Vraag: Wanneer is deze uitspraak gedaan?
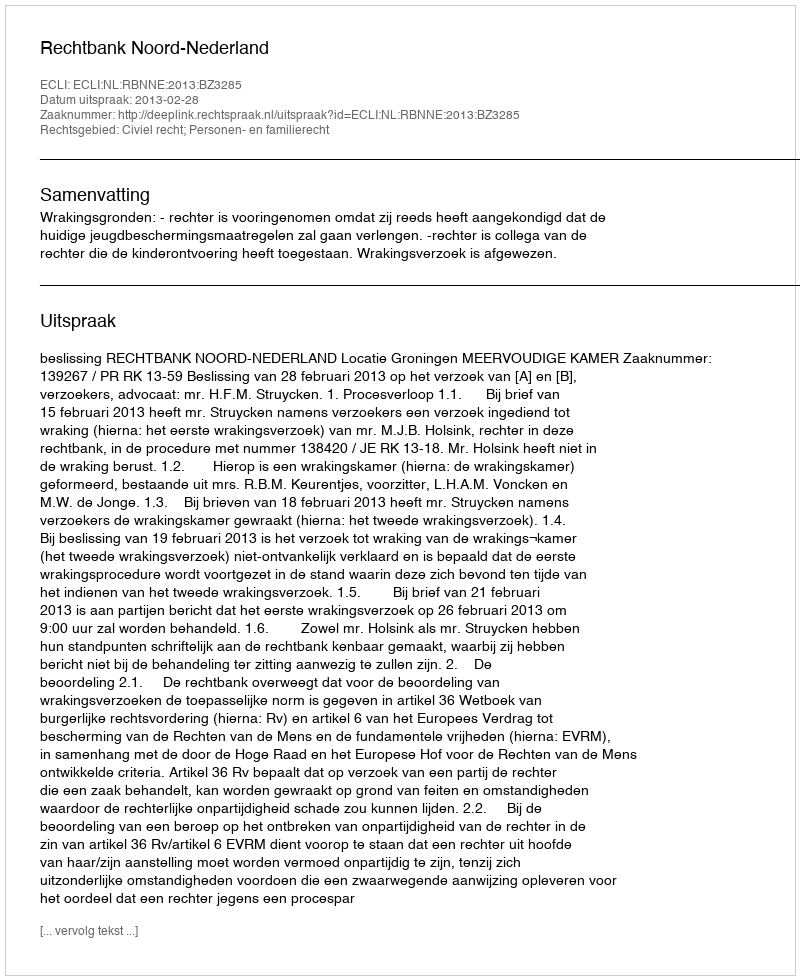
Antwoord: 2013-02-28